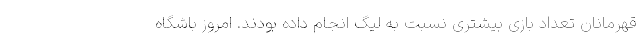
قهرمانان تعداد بازی بیشتری نسبت به لیگ انجام داده بودند. امروز باشگاه